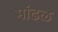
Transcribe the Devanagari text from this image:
मांढळ